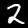
Label: 2